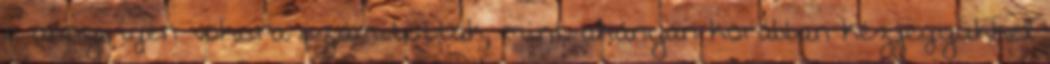
s annyi igen voksra számítottak, mint ahányan korábban kézjegyükkel